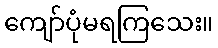
ကျော်ပုံမရကြသေး။